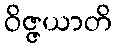
ဝိဇ္ဇယာတိ